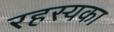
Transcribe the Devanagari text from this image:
रहस्यका